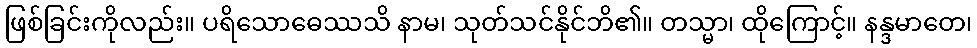
ဖြစ်ခြင်းကိုလည်း။ ပရိသောဓေဿသိ နာမ၊ သုတ်သင်နိုင်ဘိ၏။ တသ္မာ၊ ထိုကြောင့်။ နန္ဒမာတေ၊